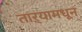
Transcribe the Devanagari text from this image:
ताऱ्यामधून